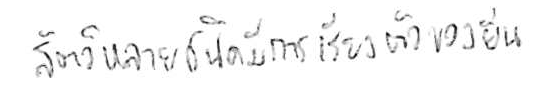
สัตว์หลายชนิดมีการเรียงตัวของยีน